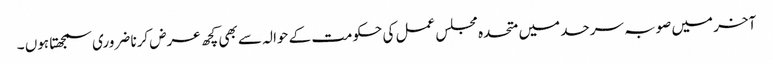
آخر میں صوبہ سرحد میں متحدہ مجلس عمل کی حکومت کے حوالہ سے بھی کچھ عرض کرنا ضروری سمجھتا ہوں ۔